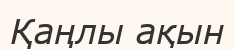
Қаңлы ақын